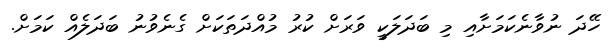
ހޭދަ ނުވާނެކަމަށާއި މި ބަދަލަކީ ވަރަށް ކުރު މުއްދަތަކަށް ގެނެވުނު ބަދަލެއް ކަމަށް.